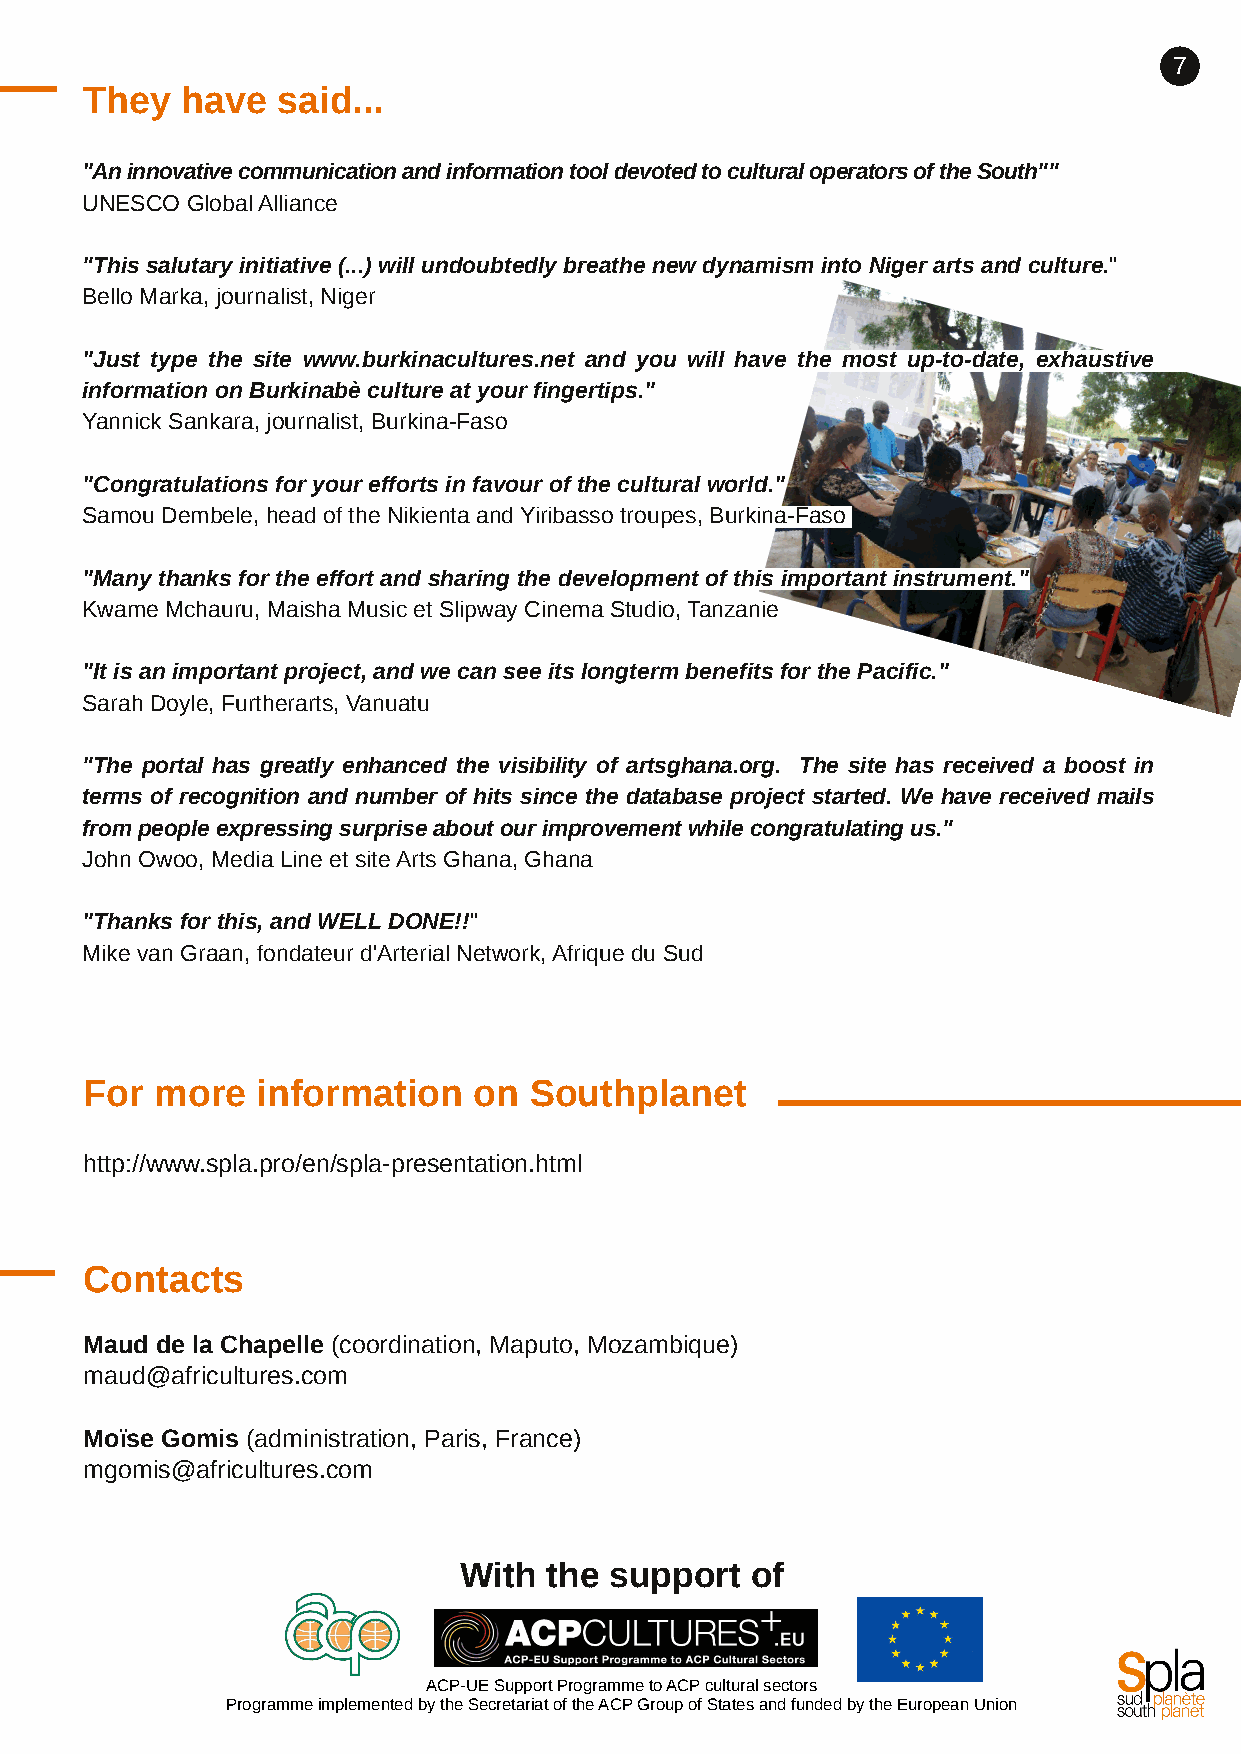
7
 They  have  said...
 "AninnovativecommunicationandinformationtooldevotedtoculturaloperatorsoftheSouth""
 UNESCO GlobalAlliance
 "This salutary initiative (...) will undoubtedly breathe new dynamism into Niger arts and culture."
 Bello Marka, journalist, Niger
 "Just type the site www.burkinacultures.net and you will have the most up­to­date, exhaustive
 information on Burkinabè culture at your fingertips."
 Yannick Sankara, journalist, Burkina­Faso
 "Congratulations for your efforts in favour of the cultural world."
 Samou Dembele, head of the Nikienta andYiribasso troupes, Burkina­Faso
 "Many thanks for the effort and sharing the development of this important instrument."
 Kwame Mchauru, Maisha Music et Slipway Cinema Studio,Tanzanie
 "It is an important project, and we can see its longterm benefits for the Pacific."
 Sarah Doyle, Furtherarts, Vanuatu
 "The portal has greatly enhanced the visibility of artsghana.org. The site has received a boost in
 terms of recognition and number of hits since the database project started. We have received mails
 frompeopleexpressingsurpriseaboutourimprovementwhilecongratulatingus."
 John Owoo, Media Line et siteArts Ghana, Ghana
 "Thanks for this, and WELLDONE!!"
 Mike van Graan, fondateur d'Arterial Network,Afrique du Sud
 For more   information   on  Southplanet
 http://www.spla.pro/en/spla­presentation.html
 Contacts
 Maud de la Chapelle (coordination, Maputo, Mozambique)
 maud@africultures.com
 Moïse Gomis (administration, Paris, France)
 mgomis@africultures.com
 With  the support   of
 ACP­UESupportProgrammetoACPculturalsectors
 ProgrammeimplementedbytheSecretariatoftheACPGroupofStatesandfundedbytheEuropeanUnion